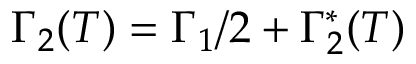
\Gamma _ { 2 } ( T ) = \Gamma _ { 1 } / 2 + \Gamma _ { 2 } ^ { * } ( T )